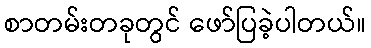
စာတမ်းတခုတွင် ဖော်ပြခဲ့ပါတယ်။